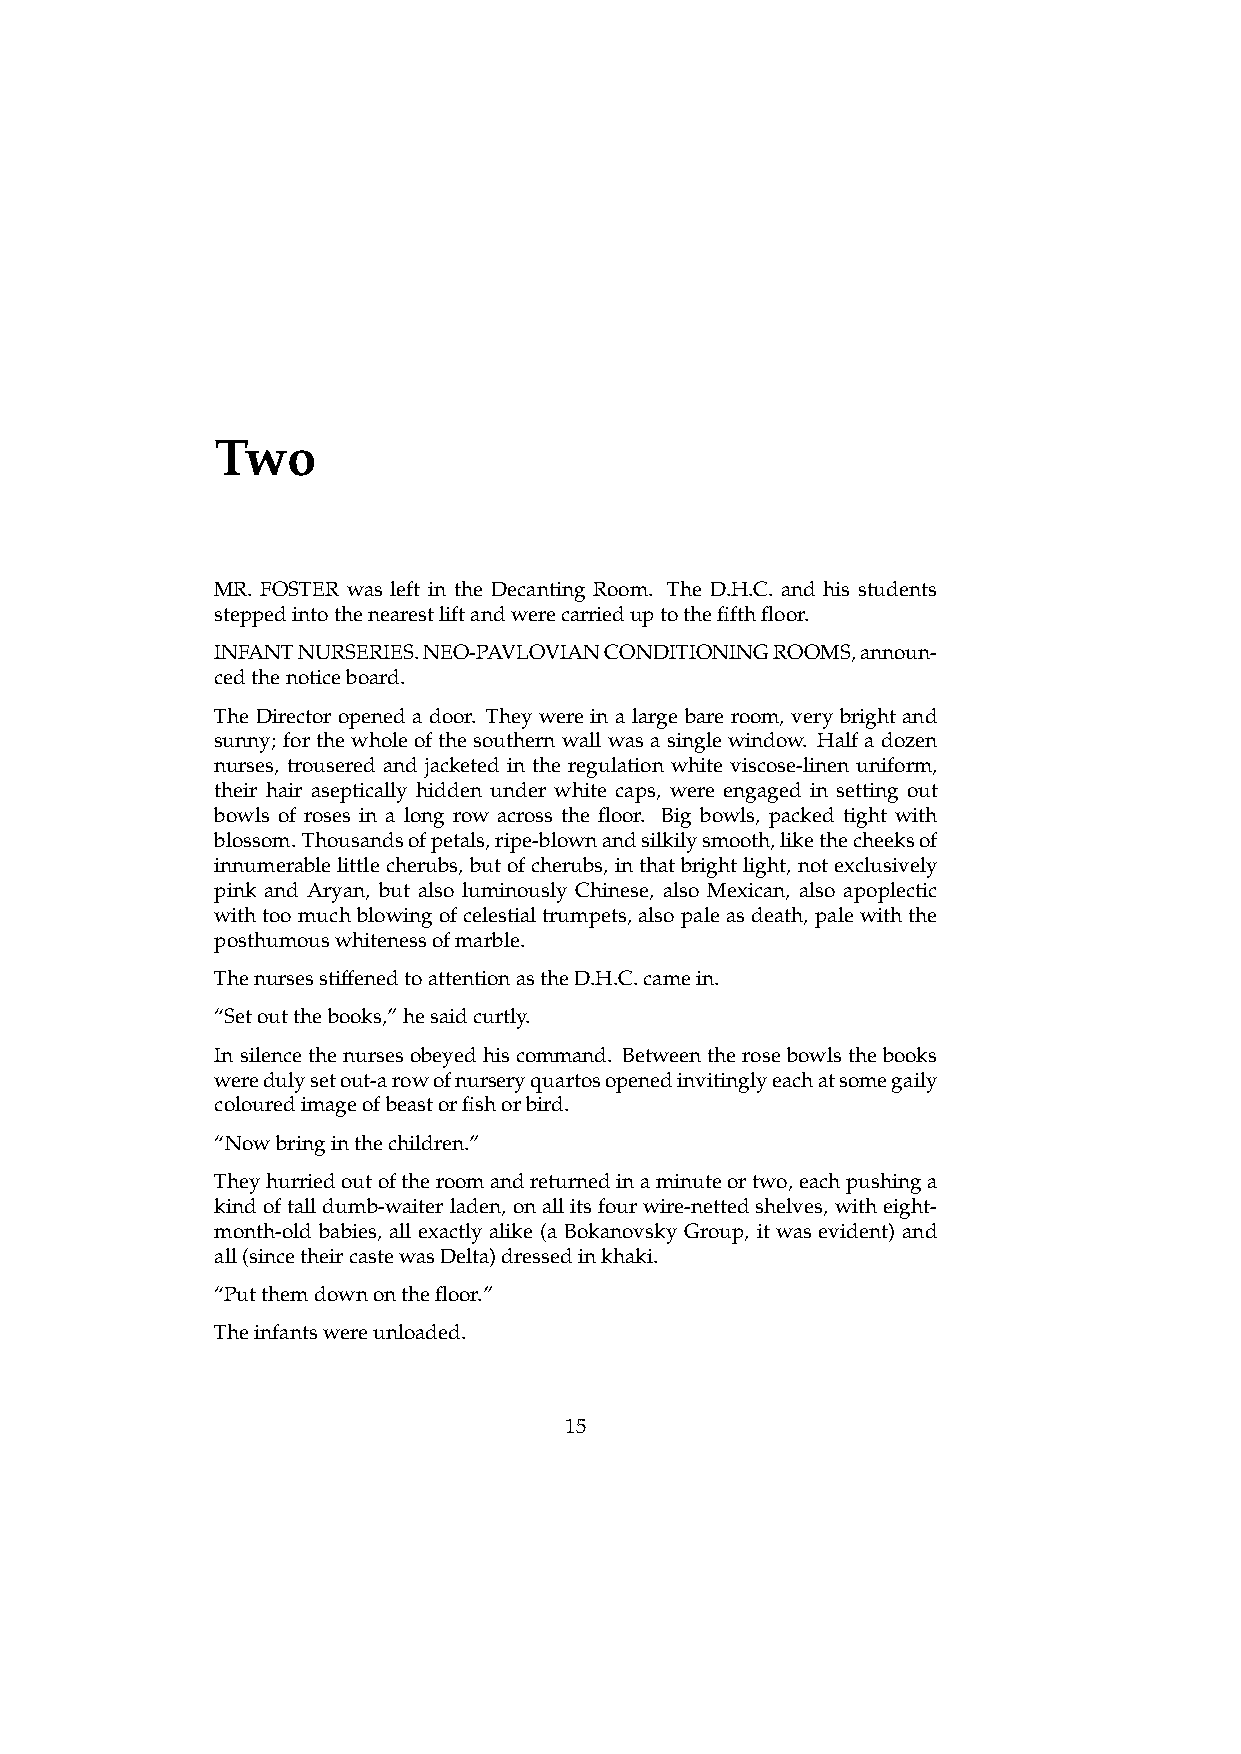
Two
 MR. FOSTER was left in the Decanting Room. The D.H.C. and his students
 steppedintothenearestliftandwerecarrieduptothefifthfloor.
 INFANTNURSERIES.NEO-PAVLOVIANCONDITIONINGROOMS,announ-
 cedthenoticeboard.
 The Director opened a door. They were in a large bare room, very bright and
 sunny; forthewholeofthesouthernwallwasasinglewindow. Halfadozen
 nurses, trousered and jacketed in the regulation white viscose-linen uniform,
 their hair aseptically hidden under white caps, were engaged in setting out
 bowls of roses in a long row across the floor. Big bowls, packed tight with
 blossom.Thousandsofpetals,ripe-blownandsilkilysmooth,likethecheeksof
 innumerablelittlecherubs, butofcherubs, in thatbrightlight, notexclusively
 pink and Aryan, but also luminously Chinese, also Mexican, also apoplectic
 withtoomuchblowingofcelestialtrumpets, alsopaleasdeath, palewiththe
 posthumouswhitenessofmarble.
 ThenursesstiffenedtoattentionastheD.H.C.camein.
 “Setoutthebooks,”hesaidcurtly.
 Insilencethenursesobeyedhiscommand. Betweentherosebowlsthebooks
 weredulysetout-arowofnurseryquartosopenedinvitinglyeachatsomegaily
 colouredimageofbeastorfishorbird.
 “Nowbringinthechildren.”
 Theyhurriedoutoftheroomandreturnedinaminuteortwo,eachpushinga
 kindoftalldumb-waiterladen, onallitsfourwire-nettedshelves, witheight-
 month-old babies, all exactly alike (a Bokanovsky Group, it was evident) and
 all(sincetheircastewasDelta)dressedinkhaki.
 “Putthemdownonthefloor.”
 Theinfantswereunloaded.
 15